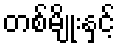
တစ်မျိုးနှင့်